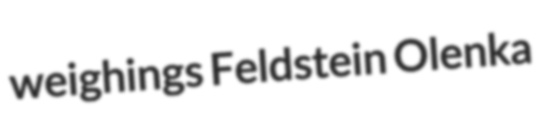
weighings Feldstein Olenka